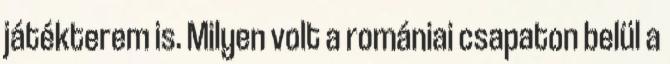
játékterem is. Milyen volt a romániai csapaton belül a